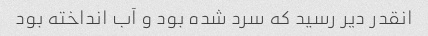
انقدر دیر رسید که سرد شده بود و آب انداخته بود